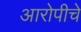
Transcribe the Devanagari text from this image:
आरोपीचे